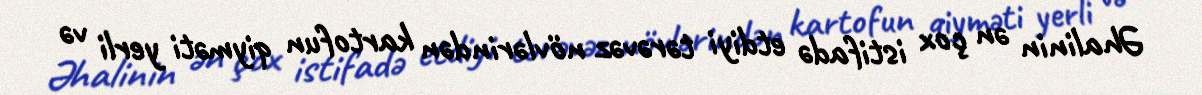
Əhalinin ən çox istifadə etdiyi tərəvəz növlərindən kartofun qiyməti yerli və